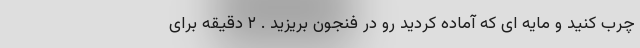
چرب کنید و مایه ای که آماده کردید رو در فنجون بریزید . ۲ دقیقه برای